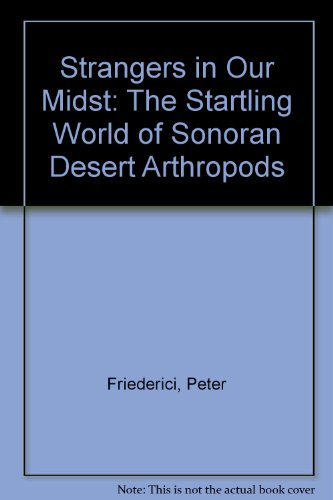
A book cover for Strangers in Our Midst: The Startling World of Sonoran Desert Arthropods; Peter Friederici; Sports & Outdoors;